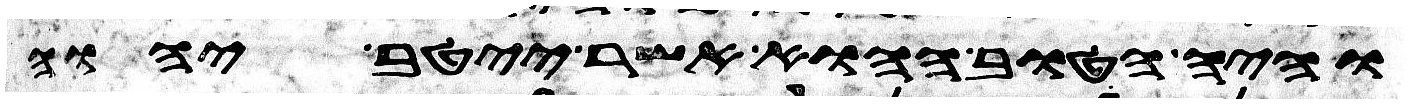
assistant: והיה הטוב ההוא אשר ייטב יהוה